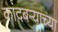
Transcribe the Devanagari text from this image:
कांदबऱ्याच्या